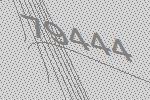
79444